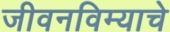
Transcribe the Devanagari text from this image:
जीवनविम्याचे